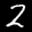
Label: 2